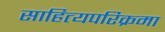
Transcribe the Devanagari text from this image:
साहित्यपरिक्रमा